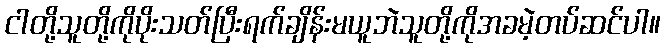
ငါတို့သူတို့ကိုပိုးသတ်ပြီးရက်ချိန်းမယူဘဲသူတို့ကိုအခမဲ့တပ်ဆင်ပါ။